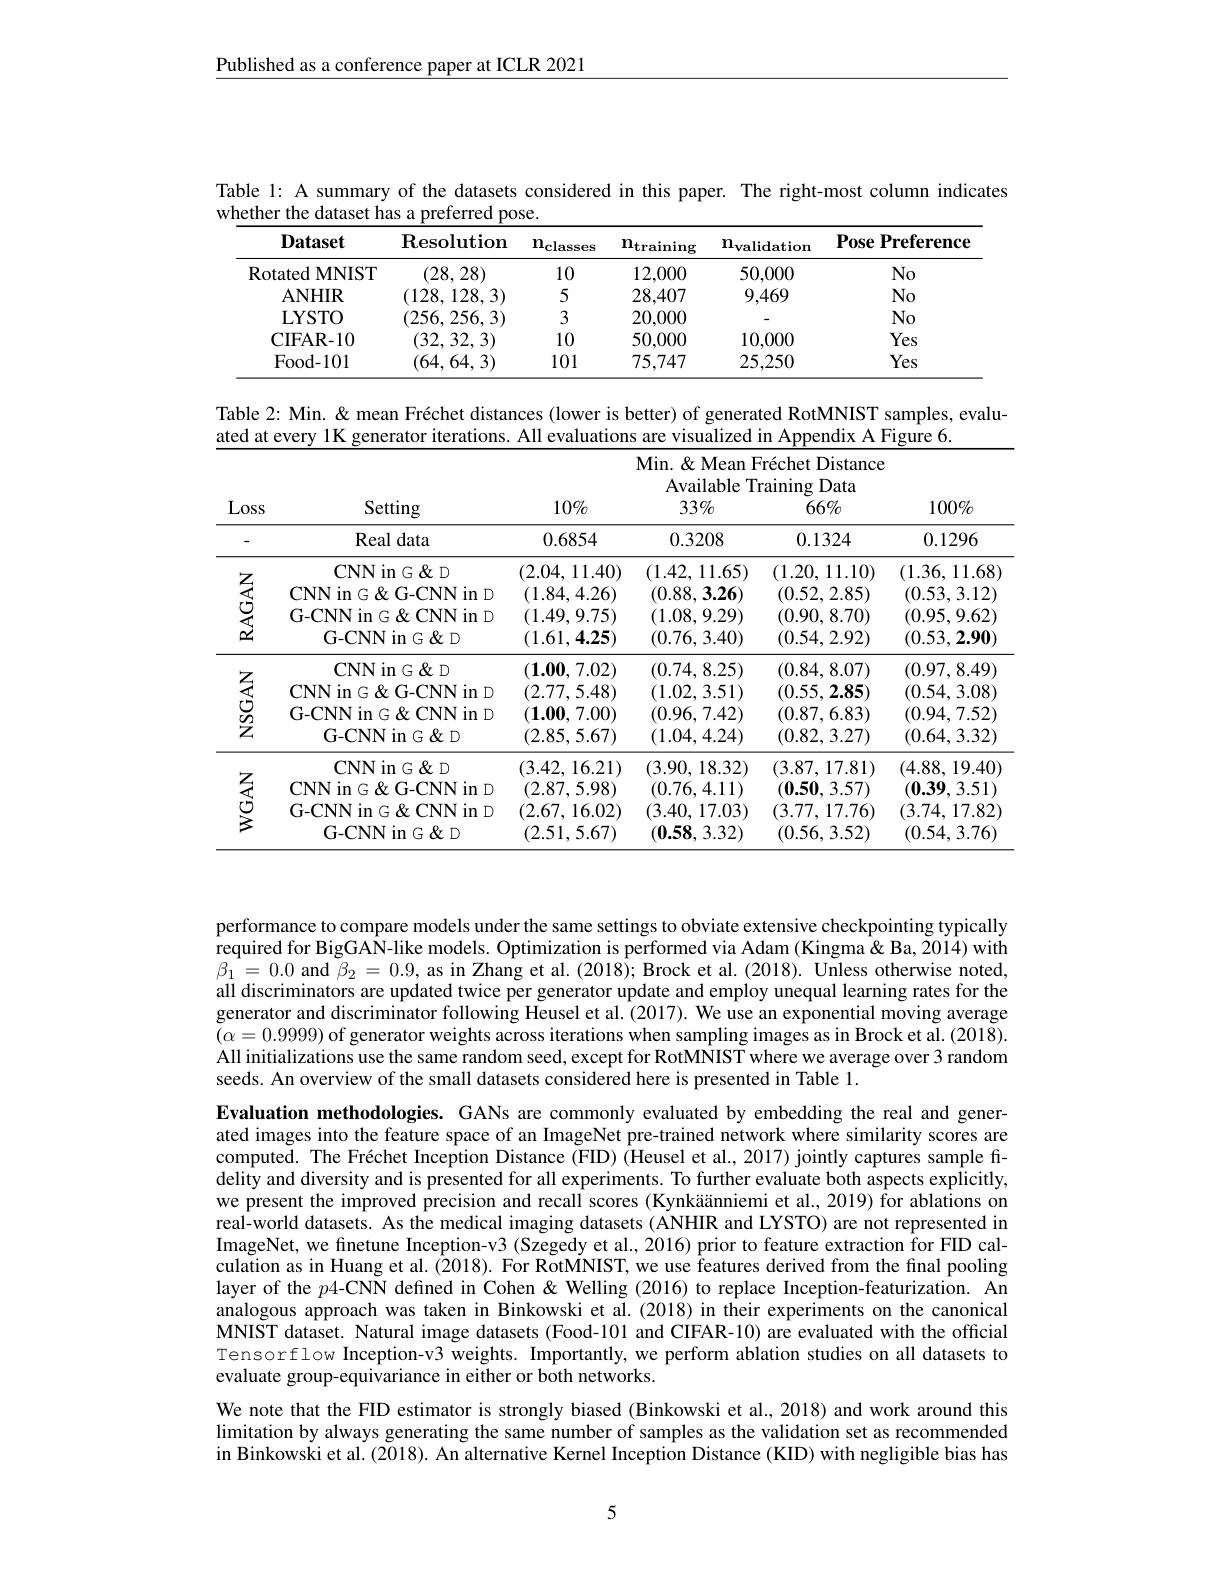
Published as a conference paper at ICLR 2021

Table l: A summary of the datasets considered in this paper. The right-most column indicates
whether the dataset has a preferred pose.
<table>
	<tbody>
		<tr>
			<th>$\mathbf{Dataset}$</th>
			<th>$\mathbf{Resolution}$</th>
			<th>$\mathbf{n}_{\mathrm{classes}}$</th>
			<th>$\mathbf{n}_{\mathrm{training}}$</th>
			<th>$\mathbf{n}_{\mathrm{validatiom}}$</th>
			<th>Pose $\mathbf{Preference}$ 1 1</th>
		</tr>
		<tr>
			<td>RotatedMNIST</td>
			<td>(28,28)</td>
			<td>10</td>
			<td>12,000</td>
			<td>50,000</td>
			<td>$No$</td>
		</tr>
		<tr>
			<td>ANHIR</td>
			<td>(128,128,3)</td>
			<td>5</td>
			<td>28,407</td>
			<td>9,469</td>
			<td>$No$</td>
		</tr>
		<tr>
			<td>LYSTO</td>
			<td>(256,256,3)</td>
			<td>3</td>
			<td>20,000</td>
			<td> </td>
			<td>$No$</td>
		</tr>
		<tr>
			<td>CIFAR- 10</td>
			<td>(32,32,3)</td>
			<td>10</td>
			<td>50,000</td>
			<td>10,000</td>
			<td>Yes</td>
		</tr>
		<tr>
			<td>Food- 101</td>
			<td>(64,64,3)</td>
			<td>101</td>
			<td>75,747</td>
			<td>25,250</td>
			<td>Yes</td>
		</tr>
	</tbody>
</table>

Table 2: Min. & mean Fréchet distances (lower is better) of generated RotMNIST samples, evalu-
ated at every 1K generator iterations. All evaluations are visualized in Appendix A Figure 6.

<table>
	<tbody>
		<tr>
			<th>Loss</th>
			<th>Setting</th>
			<th>$10\%$</th>
			<th>Min. $\&$Mean Available T $33\%$</th>
			<th>rechet Distance raining Data $66\%$</th>
			<th>$100\%$</th>
		</tr>
		<tr>
			<th>-</th>
			<th>Real data</th>
			<th>0.6854</th>
			<th>0.3208</th>
			<th>0.1324</th>
			<th>0.1296</th>
		</tr>
		<tr>
			<td rowspan="4">$\mathbf{RAGAN}$</td>
			<td>$\textbf{CNN in}G\&$D</td>
			<td>(2.04,11.40)</td>
			<td>(1.42,11.65)</td>
			<td>(1.20,11.10)</td>
			<td>(1.36,11.68</td>
		</tr>
		<tr>
			<td>CNN in G G- CNN in D</td>
			<td>(1.84,4.26)</td>
			<td>(0.88,3.26)</td>
			<td>(0.52, 2.85)</td>
			<td>(0.53, 3.12)</td>
		</tr>
		<tr>
			<td>G-CNN in $G\&$ CNN in D</td>
			<td>(1.49,9.75)</td>
			<td>(1.08,9.29)</td>
			<td>(0.90, 8.70)</td>
			<td>(0.95,9.62)</td>
		</tr>
		<tr>
			<td>$\mathbf{G-CNN~in~}G\&$D</td>
			<td>(1.61,4.25)</td>
			<td>(0.76, 3.40)</td>
			<td>(0.54, 2.92)</td>
			<td>(0.53, 2.90)</td>
		</tr>
		<tr>
			<td rowspan="4"></td>
			<td>$\textbf{CNN in}G\&$D</td>
			<td>$(\mathbf{1.00,7.02})$</td>
			<td>(0.74, 8.25)</td>
			<td>(0.84, 8.07)</td>
			<td>(0.97, 8.49)</td>
		</tr>
		<tr>
			<td>CNN in G G-CNN in D</td>
			<td>(2.77,5.48)</td>
			<td>(1.02,3.51)</td>
			<td>(0.55, 2.85)</td>
			<td>(0.54, 3.08)</td>
		</tr>
		<tr>
			<td>G-CNN in G & CNN in D</td>
			<td>$( \mathbf{1. 00}$, 7.00)</td>
			<td>(0.96, 7.42)</td>
			<td>(0.87,6.83)</td>
			<td>(0.94,7.52)</td>
		</tr>
		<tr>
			<td>$\mathbf{G-CNNin}G\&$D</td>
			<td>(2.85, 5.67)</td>
			<td>(1.04,4.24)</td>
			<td>(0.82, 3.27)</td>
			<td>(0.64,3.32)</td>
		</tr>
		<tr>
			<td rowspan="5"></td>
			<td>$\textbf{CNN in}G\&$D</td>
			<td>(3.42,16.21)</td>
			<td>(3.90,18.32)</td>
			<td>(3.87,17.81)</td>
			<td>(4.88,19.40)</td>
		</tr>
		<tr>
			<td>$\mathbf{CNNinG\&D}$ CNN in G G- CNN in D G-CNN in $G\&$ CNN in D $\textbf{G- CNN in}G\& D$</td>
			<td>(3.42,16.21) (2.87,5.98) (2.67,16.02) (2.51,5.67)</td>
			<td>(3.90,18.32) (0.76,4.11) (3.40,17.03) (0.58,3.32)</td>
			<td>(3.87,17.81) (0.50,3.57) (3.77,17.76) (0.56, 3.52)</td>
			<td>(4.88,19.40) (0.39,3.51) (3.74,17.82] (0.54,3.76)</td>
		</tr>
		<tr>
			<td>CNN in G G-CNN in D</td>
			<td>(2.87,5.98)</td>
			<td>(0.76,4.11)</td>
			<td>(0.50,3.57)</td>
			<td>(0.39,3.51)</td>
		</tr>
		<tr>
			<td>G-CNN in G & CNN in D</td>
			<td>(2.67,16.02)</td>
			<td>(3.40,17.03)</td>
			<td>(3.77,17.76)</td>
			<td>(3.74,17.82</td>
		</tr>
		<tr>
			<td>$\textbf{G- CNN in}G\& D$</td>
			<td>(2.51,5.67)</td>
			<td>(0.58,3.32)</td>
			<td>(0.56, 3.52)</td>
			<td>(0.54,3.76)</td>
		</tr>
	</tbody>
</table>

performance to compare models under the same settings to obviate extensive checkpointing typically required for BigGAN-like models. Optimization is performed via Adam (Kingma& Ba, 2014) with $\beta_{1}=0.0$ and $\beta_2=0.9$, as in Zhang et al.(2018); Brock et al.(2018). Unless otherwise noted, all discriminators are updated twice per generator update and employ unequal learning rates for the generator and discriminator following Heusel et al. (2017). We use an exponential moving average $(\alpha=0.9999)$ of generator weights across iterations when sampling images as in Brock et al. (2018). All initializations use the same random seed, except for RotMNIST where we average over 3 random seeds. An overview of the small datasets considered here is presented in Table 1.

Evaluation methodologies. GANs are commonly evaluated by embedding the real and generated images into the feature space of an ImageNet pre-trained network where similarity scores are computed. The Fréchet Inception Distance (FID) (Heusel et al., 2017) jointly captures sample fidelity and diversity and is presented for all experiments. To further evaluate both aspects explicitly, we present the improved precision and recall scores (Kynkäänniemi et al., 2019) for ablations on real-world datasets. As the medical imaging datasets (ANHIR and LYSTO) are not represented in ImageNet, we finetune Inception-v3 (Szegedy et al., 2016) prior to feature extraction for FID calculation as in Huang et al. (2018). For RotMNIST, we use features derived from the final pooling layer of the $p$4-CNN defined in Cohen &Welling (2016) to replace Inception-featurization. An analogous approach was taken in Binkowski et al.(2018) in their experiments on the canonical MNIST dataset. Natural image datasets (Food-101 and CIFAR-10) are evaluated with the official Tensorflow Inception-v3 weights. Importantly, we perform ablation studies on all datasets to evaluate group-equivariance in either or both networks.
We note that the FID estimator is strongly biased (Binkowski et al., 2018) and work around this limitation by always generating the same number of samples as the validation set as recommended in Binkowski et al.(2018). An alternative Kernel Inception Distance (KID) with negligible bias has

5